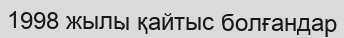
1998 жылы қайтыс болғандар